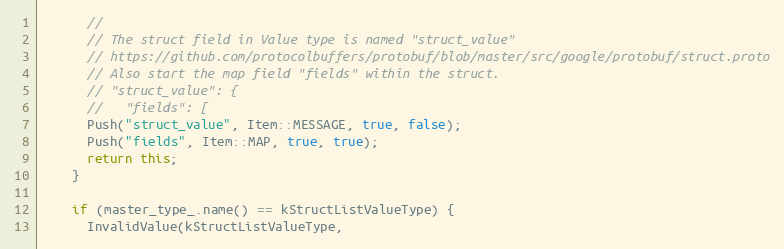
Language: C++
      //
      // The struct field in Value type is named "struct_value"
      // https://github.com/protocolbuffers/protobuf/blob/master/src/google/protobuf/struct.proto
      // Also start the map field "fields" within the struct.
      // "struct_value": {
      //   "fields": [
      Push("struct_value", Item::MESSAGE, true, false);
      Push("fields", Item::MAP, true, true);
      return this;
    }

    if (master_type_.name() == kStructListValueType) {
      InvalidValue(kStructListValueType,